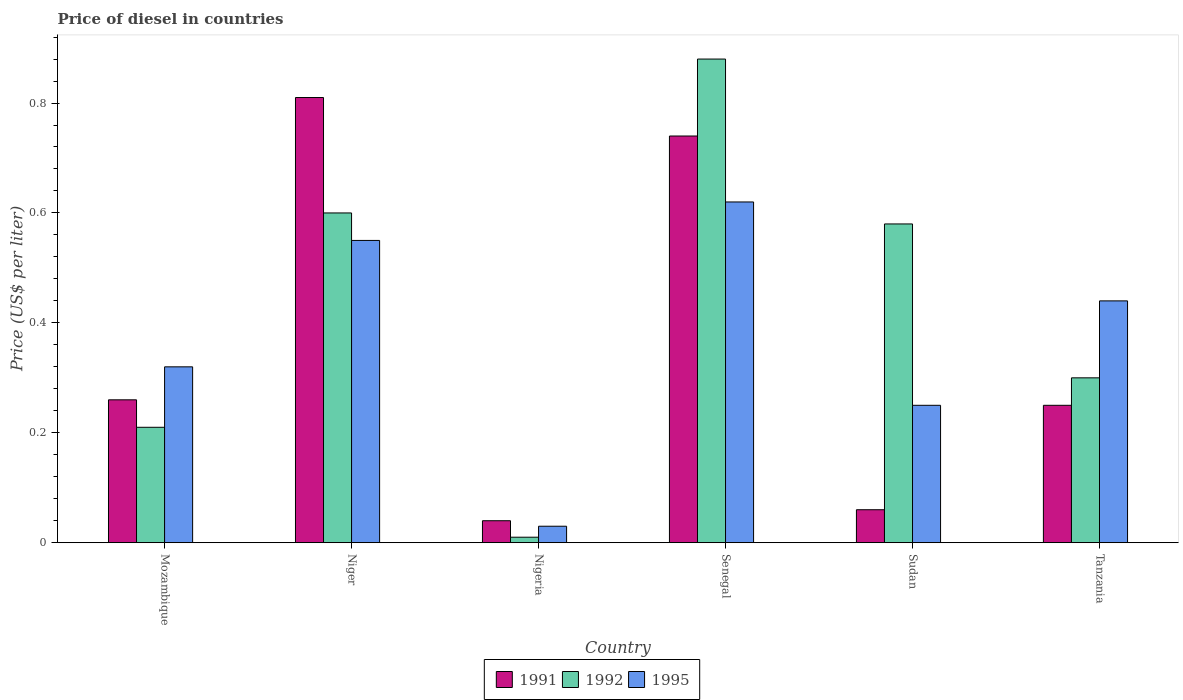
| Country | 1991 | 1992 | 1995 |
 | --- | --- | --- | --- |
 | Mozambique | 0.26 | 0.21 | 0.32 |
 | Niger | 0.81 | 0.6 | 0.55 |
 | Nigeria | 0.04 | 0.01 | 0.03 |
 | Senegal | 0.74 | 0.88 | 0.62 |
 | Sudan | 0.06 | 0.58 | 0.25 |
 | Tanzania | 0.25 | 0.3 | 0.44 |